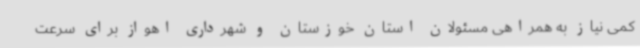
کمی نیاز به همراهی مسئولان استان خوزستان و شهرداری اهواز برای سرعت